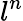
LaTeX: l^{n}